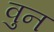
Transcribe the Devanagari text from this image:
वुन